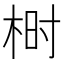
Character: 𰗨